Vaccination in Burma 1889-1999 - 1889-1999
Year: 1889
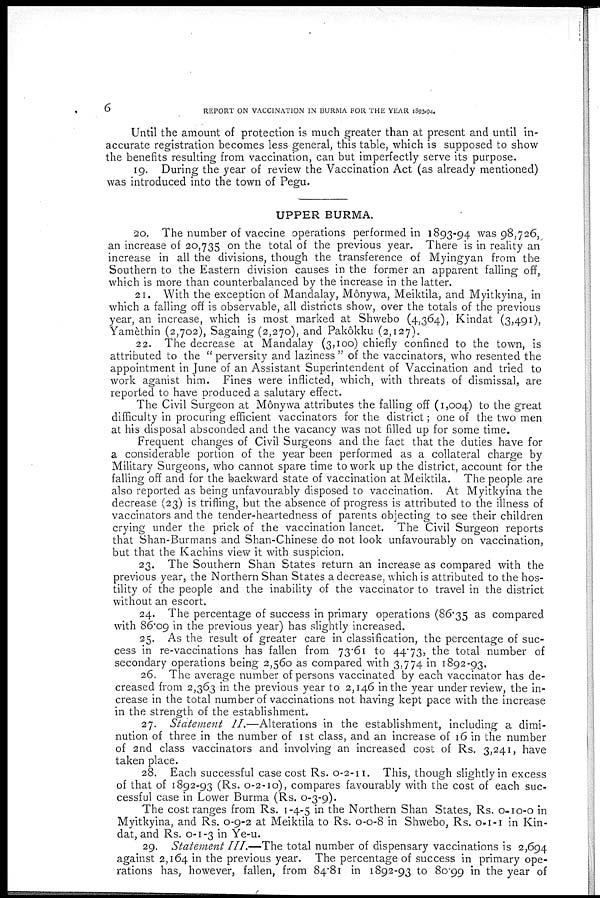
6
REPORT ON VACCINATION IN BURMA FOR THE YEAR 1893-94.
Until the amount of protection is much greater than at present and until in-
accurate registration becomes less general, this table, which is supposed to show
the benefits resulting from vaccination, can but imperfectly serve its purpose.
19. During the year of review the Vaccination Act (as already mentioned)
was introduced into the town of Pegu.
UPPER BURMA.
20. The number of vaccine operations performed in 1893-94 was 98,726,
an increase of 20,735 on the total of the previous year. There is in reality an
increase in all the divisions, though the transference of Myingyan from the
Southern to the Eastern division causes in the former an apparent falling off,
which is more than counterbalanced by the increase in the latter.
21. With the exception of Mandalay, Mônywa, Meiktila, and Myitkyina, in
which a falling off is observable, all districts show, over the totals of the previous
year, an increase, which is most marked at Shwebo (4,364), Kindat (3,491),
Yamèthin (2,702), Sagaing (2,270), and Pakôkku (2,127).
22. The decrease at Mandalay (3,100) chiefly confined to the town, is
attributed to the " perversity and laziness " of the vaccinators, who resented the
appointment in June of an Assistant Superintendent of Vaccination and tried to
work aganist him. Fines were inflicted, which, with threats of dismissal, are
reported to have produced a salutary effect.
The Civil Surgeon at Mônywa attributes the falling off (1,004) to the great
difficulty in procuring efficient vaccinators for the district; one of the two men
at his disposal absconded and the vacancy was not filled up for some time.
Frequent changes of Civil Surgeons and the fact that the duties have for
a considerable portion of the year been performed as a collateral charge by
Military Surgeons, who cannot spare time to work up the district, account for the
falling off and for the backward state of vaccination at Meiktila. The people are
also reported as being unfavourably disposed to vaccination. At Myitkyina the
decrease (23) is trifling, but the absence of progress is attributed to the illness of
vaccinators and the tender-heartedness of parents objecting to see their children
crying under the prick of the vaccination lancet. The Civil Surgeon reports
that Shan-Burmans and Shan-Chinese do not look unfavourably on vaccination,
but that the Kachins view it with suspicion.
23. The Southern Shan States return an increase as compared with the
previous year, the Northern Shan States a decrease, which is attributed to the hos-
tility of the people and the inability of the vaccinator to travel in the district
without an escort.
24. The percentage of success in primary operations (86.35 as compared
with 86.09 in the previous year) has slightly increased.
25. As the result of greater care in classification, the percentage of suc-
cess in re-vaccinations has fallen from 73.61 to 44.73, the total number of
secondary operations being 2,560 as compared with 3,774 in 1892-93.
26. The average number of persons vaccinated by each vaccinator has de-
creased from 2,363 in the previous year to 2,146 in the year under review, the in-
crease in the total number of vaccinations not having kept pace with the increase
in the strength of the establishment.
27. Statement II.—Alterations in the establishment, including a dimi-
nution of three in the number of 1st class, and an increase of 16 in the number
of 2nd class vaccinators and involving an increased cost of Rs. 3,241, have
taken place.
28. Each successful case cost Rs. 0-2-11. This, though slightly in excess
of that of 1892-93 (Rs. 0-2-10), compares favourably with the cost of each suc-
cessful case in Lower Burma (Rs. 0-3-9).
The cost ranges from Rs. 1-4-5 in the Northern Shan States, Rs. 0-10-0 in
Myitkyina, and Rs. 0-9-2 at Meiktila to Rs. 0-0-8 in Shwebo, Rs. 0-1-1 in Kin-
dat, and Rs. 0-1 -3 in Ye-u.
29. Statement III.—The total number of dispensary vaccinations is 2,694
against 2,164 in the previous year. The percentage of success in primary ope-
rations has, however, fallen, from 84.81 in 1892-93 to 80.99 in the year of